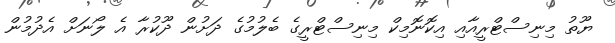
ޔޫތު މިނިސްޓްރީއާއި އިކޮނޮމިކް މިނިސްޓްރީގެ ބެލުމުގެ ދަށުން ދޫކުރާ އެ ލޯނަށް އެދުމުން